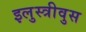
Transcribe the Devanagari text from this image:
इलुस्त्रीवुस